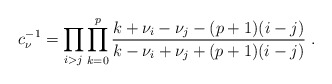
\begin{align*}c_\nu^{-1}=\prod_{i>j}\prod_{k=0}^p\frac{k+\nu_i-\nu_j-(p+1)(i-j)}{k-\nu_i+\nu_j+(p+1)(i-j)}\; .\end{align*}